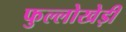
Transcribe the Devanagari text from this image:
फुल्लोखेड़ी